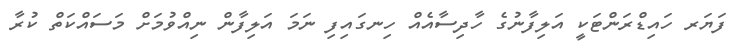
ފަޔަރ ހައިޑްރަންޓަކީ އަލިފާނުގެ ހާދިސާއެއް ހިނގައިފި ނަމަ އަލިފާން ނިއްވުމަށް މަސައްކަތް ކުރާ